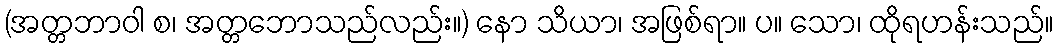
(အတ္တဘာဝါ စ၊ အတ္တဘောသည်လည်း။) နော သိယာ၊ အဖြစ်ရာ။ ပ။ သော၊ ထိုရဟန်းသည်။